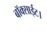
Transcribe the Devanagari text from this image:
बॉक्साईट।